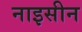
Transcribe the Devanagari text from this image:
नाइसीन